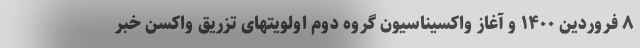
۸ فروردین ۱۴۰۰ و آغاز واکسیناسیون گروه دوم اولویتهای تزریق واکسن خبر